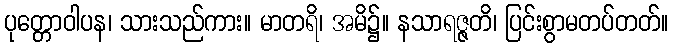
ပုတ္တောဝါပန၊ သားသည်ကား။ မာတရိ၊ အမိ၌။ နသာရဇ္ဇတိ၊ ပြင်းစွာမတပ်တတ်။